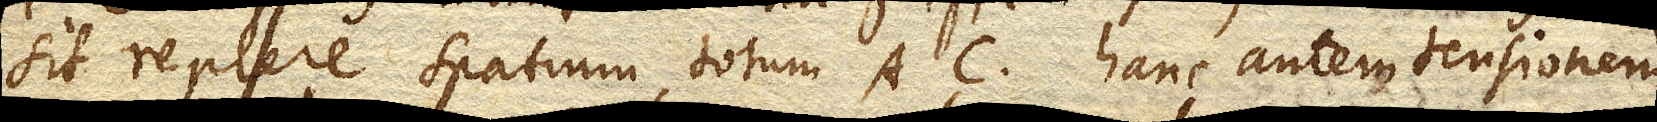
sit replere spatium, totum AC. hanc autem tensionem